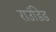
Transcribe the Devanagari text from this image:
राउंडिड